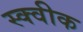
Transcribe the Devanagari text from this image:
स्क्वीक